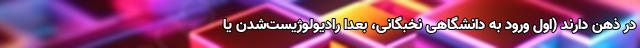
در ذهن دارند (اول ورود به دانشگاهی نخبگانی، بعدا رادیولوژیست‌شدن یا